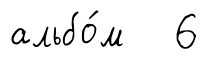
альбо́м 6